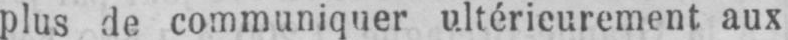
plus de communiquer ultérieurement aux